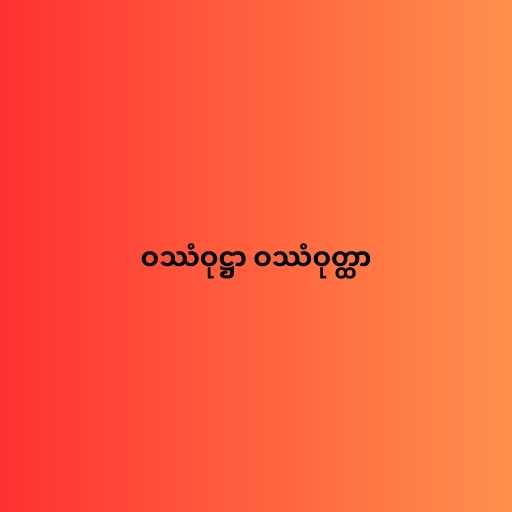
ဝဿံဝုဋ္ဌာ ဝဿံဝုတ္ထာ